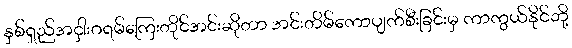
နှစ်ရှည်အငှါးဂရမ်ကြေးတိုင်အင်းဆိုတာ အင်းတိမ်ကောပျက်စီးခြင်းမှ ကာကွယ်နိုင်ဘို့